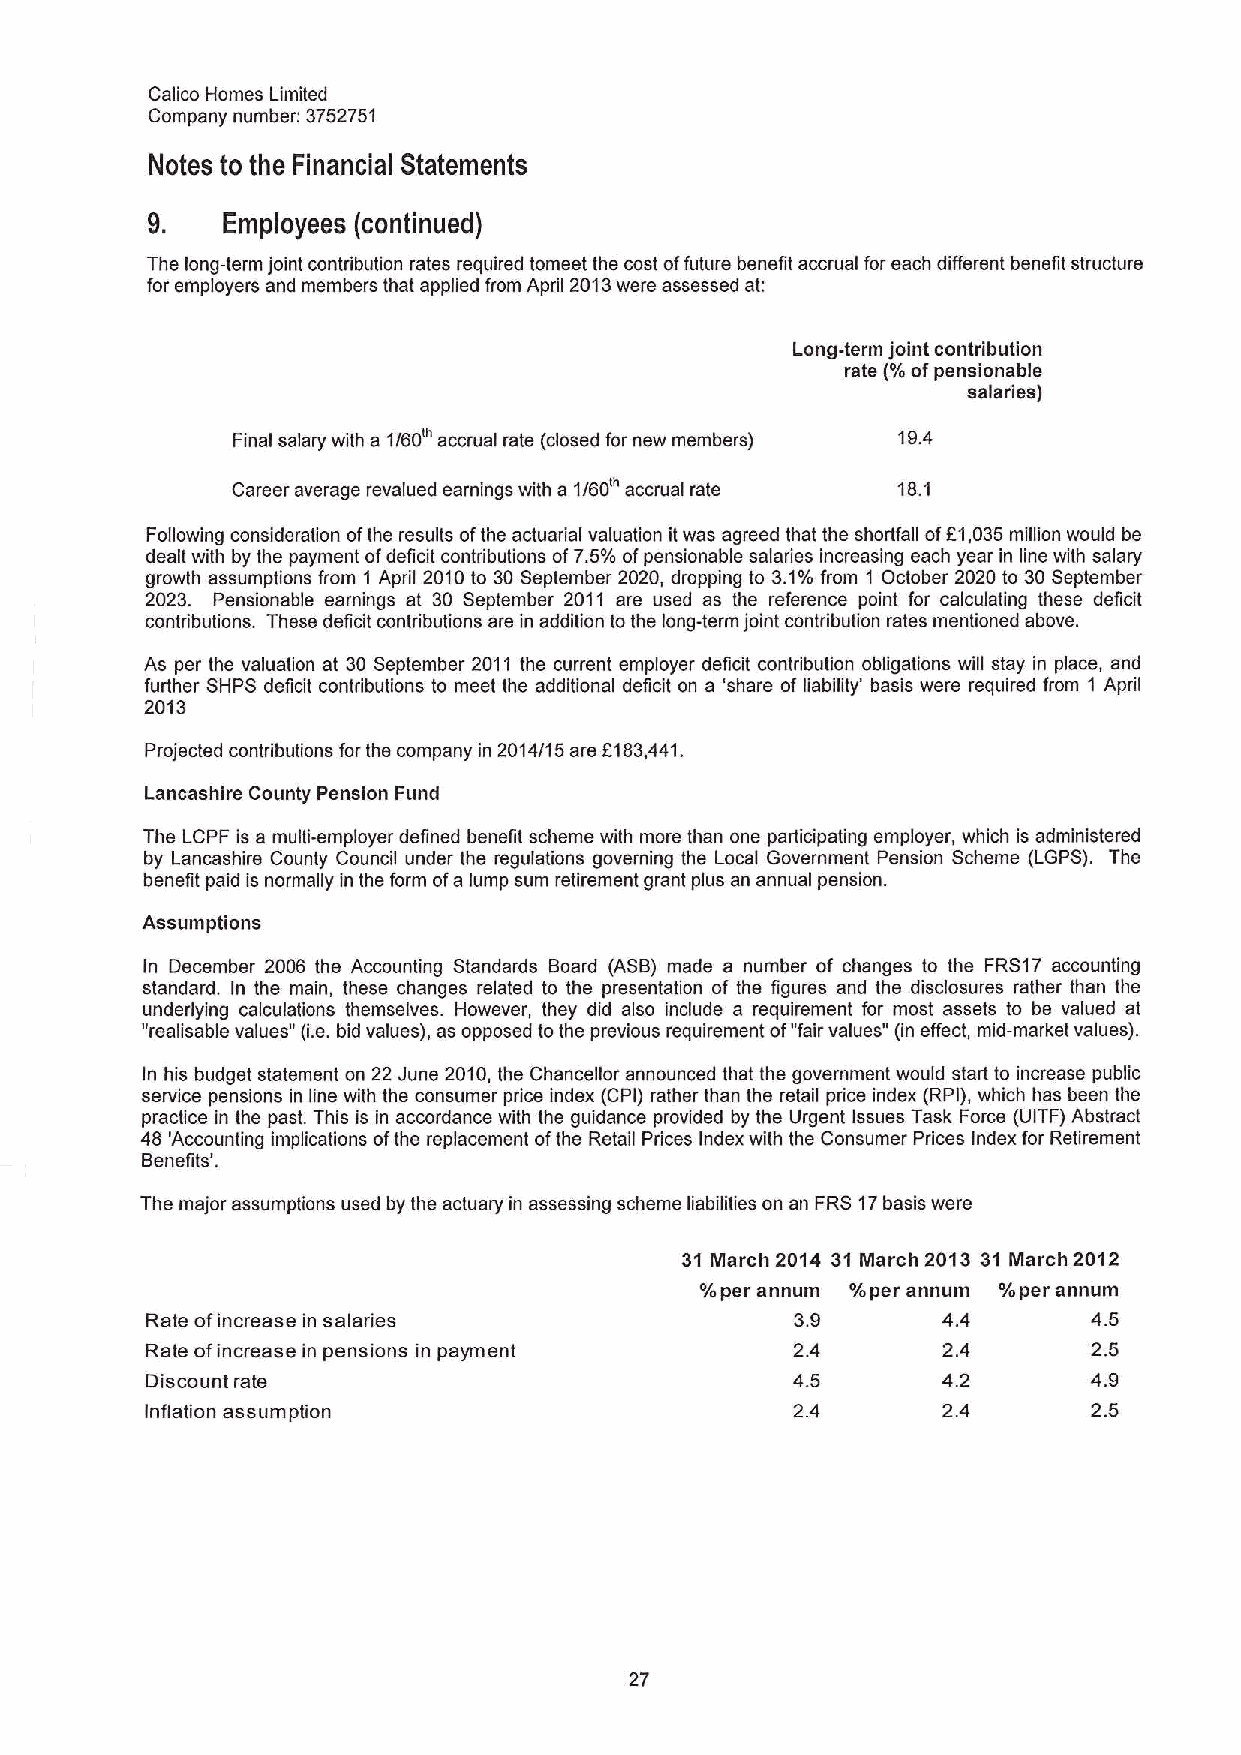
Calico Homes Limited
 Company number: 3752751
 Notes to the Financial Statements
 9.   Employees (continued)
 The long-term joint contribution rates required tomeet the cost offuture benefit accrual for each different benefit structure
 for employers and members that applied from April 2013were assessed at:
 Long-term joint contribution
 rate (%ofpensionable
 salaries)
 Final salary with a 1/60' accrual rate (closed for new members) 19.4
 Career average revalued earnings with a 1/60w accrual rate 18. 1
 Following consideration ofthe results ofthe actuarial valuation itwas agreed that the shortfall off1,035million would be
 dealt wilh by the payment ofdeficit contributions of7.5%ofpensionable salaries increasing each year in line with salary
 growth assumptions from 1 April 2010to 30September 2020, dropping to 3.1%from 1 October 2020 to 30September
 2023. Pensionable earnings at 30 September 2011 are used as the reference point for calculating these deficit
 contributions. These deficit contributions are in addition to the long-term joint contribution rates mentioned above.
 As per the valuation at 30 September 2011 the current employer deficit contribution obligations will stay in place, and
 further SHPS deficit contributions to meet the additional deficit on a 'share of liability' basis were required from 1 April
 2013
 f
 Projected contributions for the company in 2014/15 are 183,441.
 Lancashire County Pension Fund
 The LCPF is a multi-employer defined benefit scheme with more than one participating employer, which is administered
 by Lancashire County Council under the regulations governing the Local Government Pension Scheme (LGPS). The
 benefit paid is normally in the form ofa lump sum retirement grant plus an annual pension.
 Assumptions
 in December 2006 the Accounting Standards Board (ASB) made a number of changes to the FRS17 accounting
 standard. In the main, these changes related to the presentation of the figures and the disclosures rather than the
 underlying calculations themselves. However, they did also include a requirement for most assets to be valued at
 "realisable values" (i.e.bid values), as opposed to the previous requirement of"fairvalues" (in effect, mid-market values).
 In his budget statement on 22June 2010,the Chancellor announced that the government would start to increase public
 service pensions in line with the consumer price index (CPI) rather than the retail price index (RPI), which has been the
 practice in the pasl This is in accordance with the guidance provided by the Urgent Issues Task Force (UITF) Abstract
 48 'Accounting implications ofthe replacement ofthe Retail Prices Index with the Consumer Prices Index for Retirement
 Benefits'.
 The major assumptions used by the actuary in assessing scheme liabilities on an FRS 17basis were
 31 INarch 2014 31 March 2013 31 March 2012
 %per annum %per annum %per annum
 Rate ofincrease in salaries                3.9      4.4       4.5
 Rate ofincrease in pensions in payment    2.4       2.4       2.5
 Discount rate                             4.5       4.2       4.9
 Inflation assumption                      2.4       2.4       2.5
 27